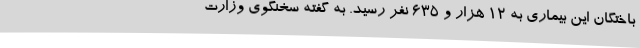
باختگان این بیماری به 12 هزار و 635 نفر رسید. به گفته سخنگوی وزارت